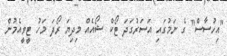
"އިހުސާސް" ގެ ނަމުގައި އަސަރުގަދަ ޓޯކް ޝޯއެއް މިދިޔަ ރޯދަ މަހު ޓީވީއެމުން